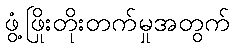
ဖွံ့ဖြိုးတိုးတက်မှုအတွက်